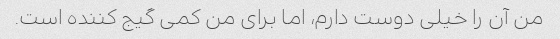
من آن را خیلی دوست دارم، اما برای من کمی گیج کننده است.